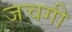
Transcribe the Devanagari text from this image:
जचगी